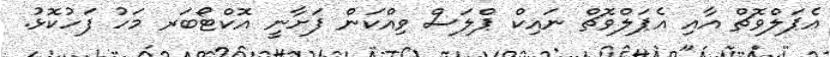
އެޕަލްވޮޗް އާއި އެޕަލްވޮޗް ނައިކް ޕްލަސް ވިއްކަން ފަށާނީ އޮކްޓޯބަރ މަހު ފަހުކޮޅު.